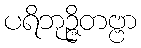
ပရိဘုဉ္ဇိတဗ္ဗာ